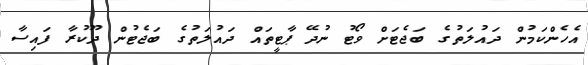
އެހެންކަމުން ދައުލަތުގެ ބަޖެޓަށް ވޯޓު ނުދޭ ޕާޓީތައް ދައުލަތުގެ ބަޖެޓުން ދޫކުރާ ފައިސާ